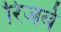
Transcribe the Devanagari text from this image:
रिजर्वे